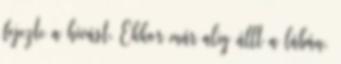
fejezte a hívást. Ekkor már alig állt a lábán,